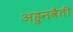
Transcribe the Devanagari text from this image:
अहुनवैती